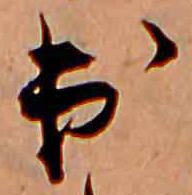
出